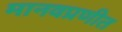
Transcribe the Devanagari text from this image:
मानवप्रणीत